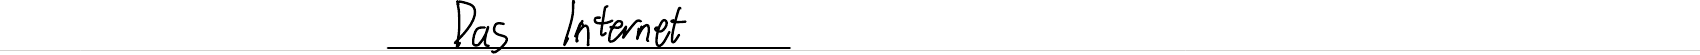
Das Internet